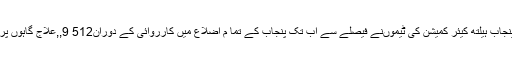
واضح رہے کہ سپریم کورٹ کی احکامات کی تعمیل میںپنجاب ہیلتھ کیئر کمیشن کی ٹیموںنے فیصلے سے اب تک پنجاب کے تما م اضلاع میں کارروائی کے دوران512 9,,علاج گاہوں پر چھاپے مارے اور 3,250عطائیوں کے اڈے بندکردیے ۔